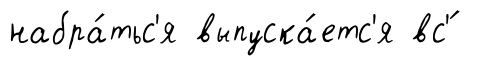
набра́тьс'я выпуска́етс'я вс'́